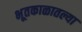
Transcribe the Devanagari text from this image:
भूतकाळातल्या